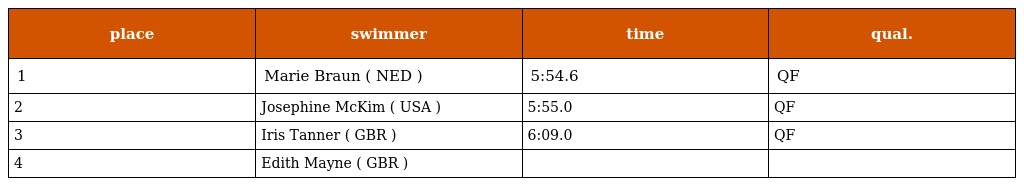
| place | swimmer | time | qual. |
 | --- | --- | --- | --- |
 | 1 | Marie Braun ( NED ) | 5:54.6 | QF |
 | 2 | Josephine McKim ( USA ) | 5:55.0 | QF |
 | 3 | Iris Tanner ( GBR ) | 6:09.0 | QF |
 | 4 | Edith Mayne ( GBR ) |  |  |